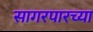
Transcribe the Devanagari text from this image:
सागरपारच्या